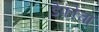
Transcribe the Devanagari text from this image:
डेफोचा